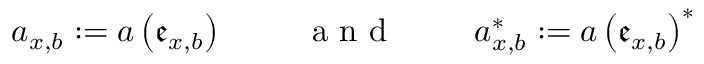
a _ { x , b } : = a \left( \mathfrak { e } _ { x , b } \right) \mathrm { ~ \qquad ~ a ~ n ~ d ~ \qquad ~ } a _ { x , b } ^ { \ast } : = a \left( \mathfrak { e } _ { x , b } \right) ^ { \ast }